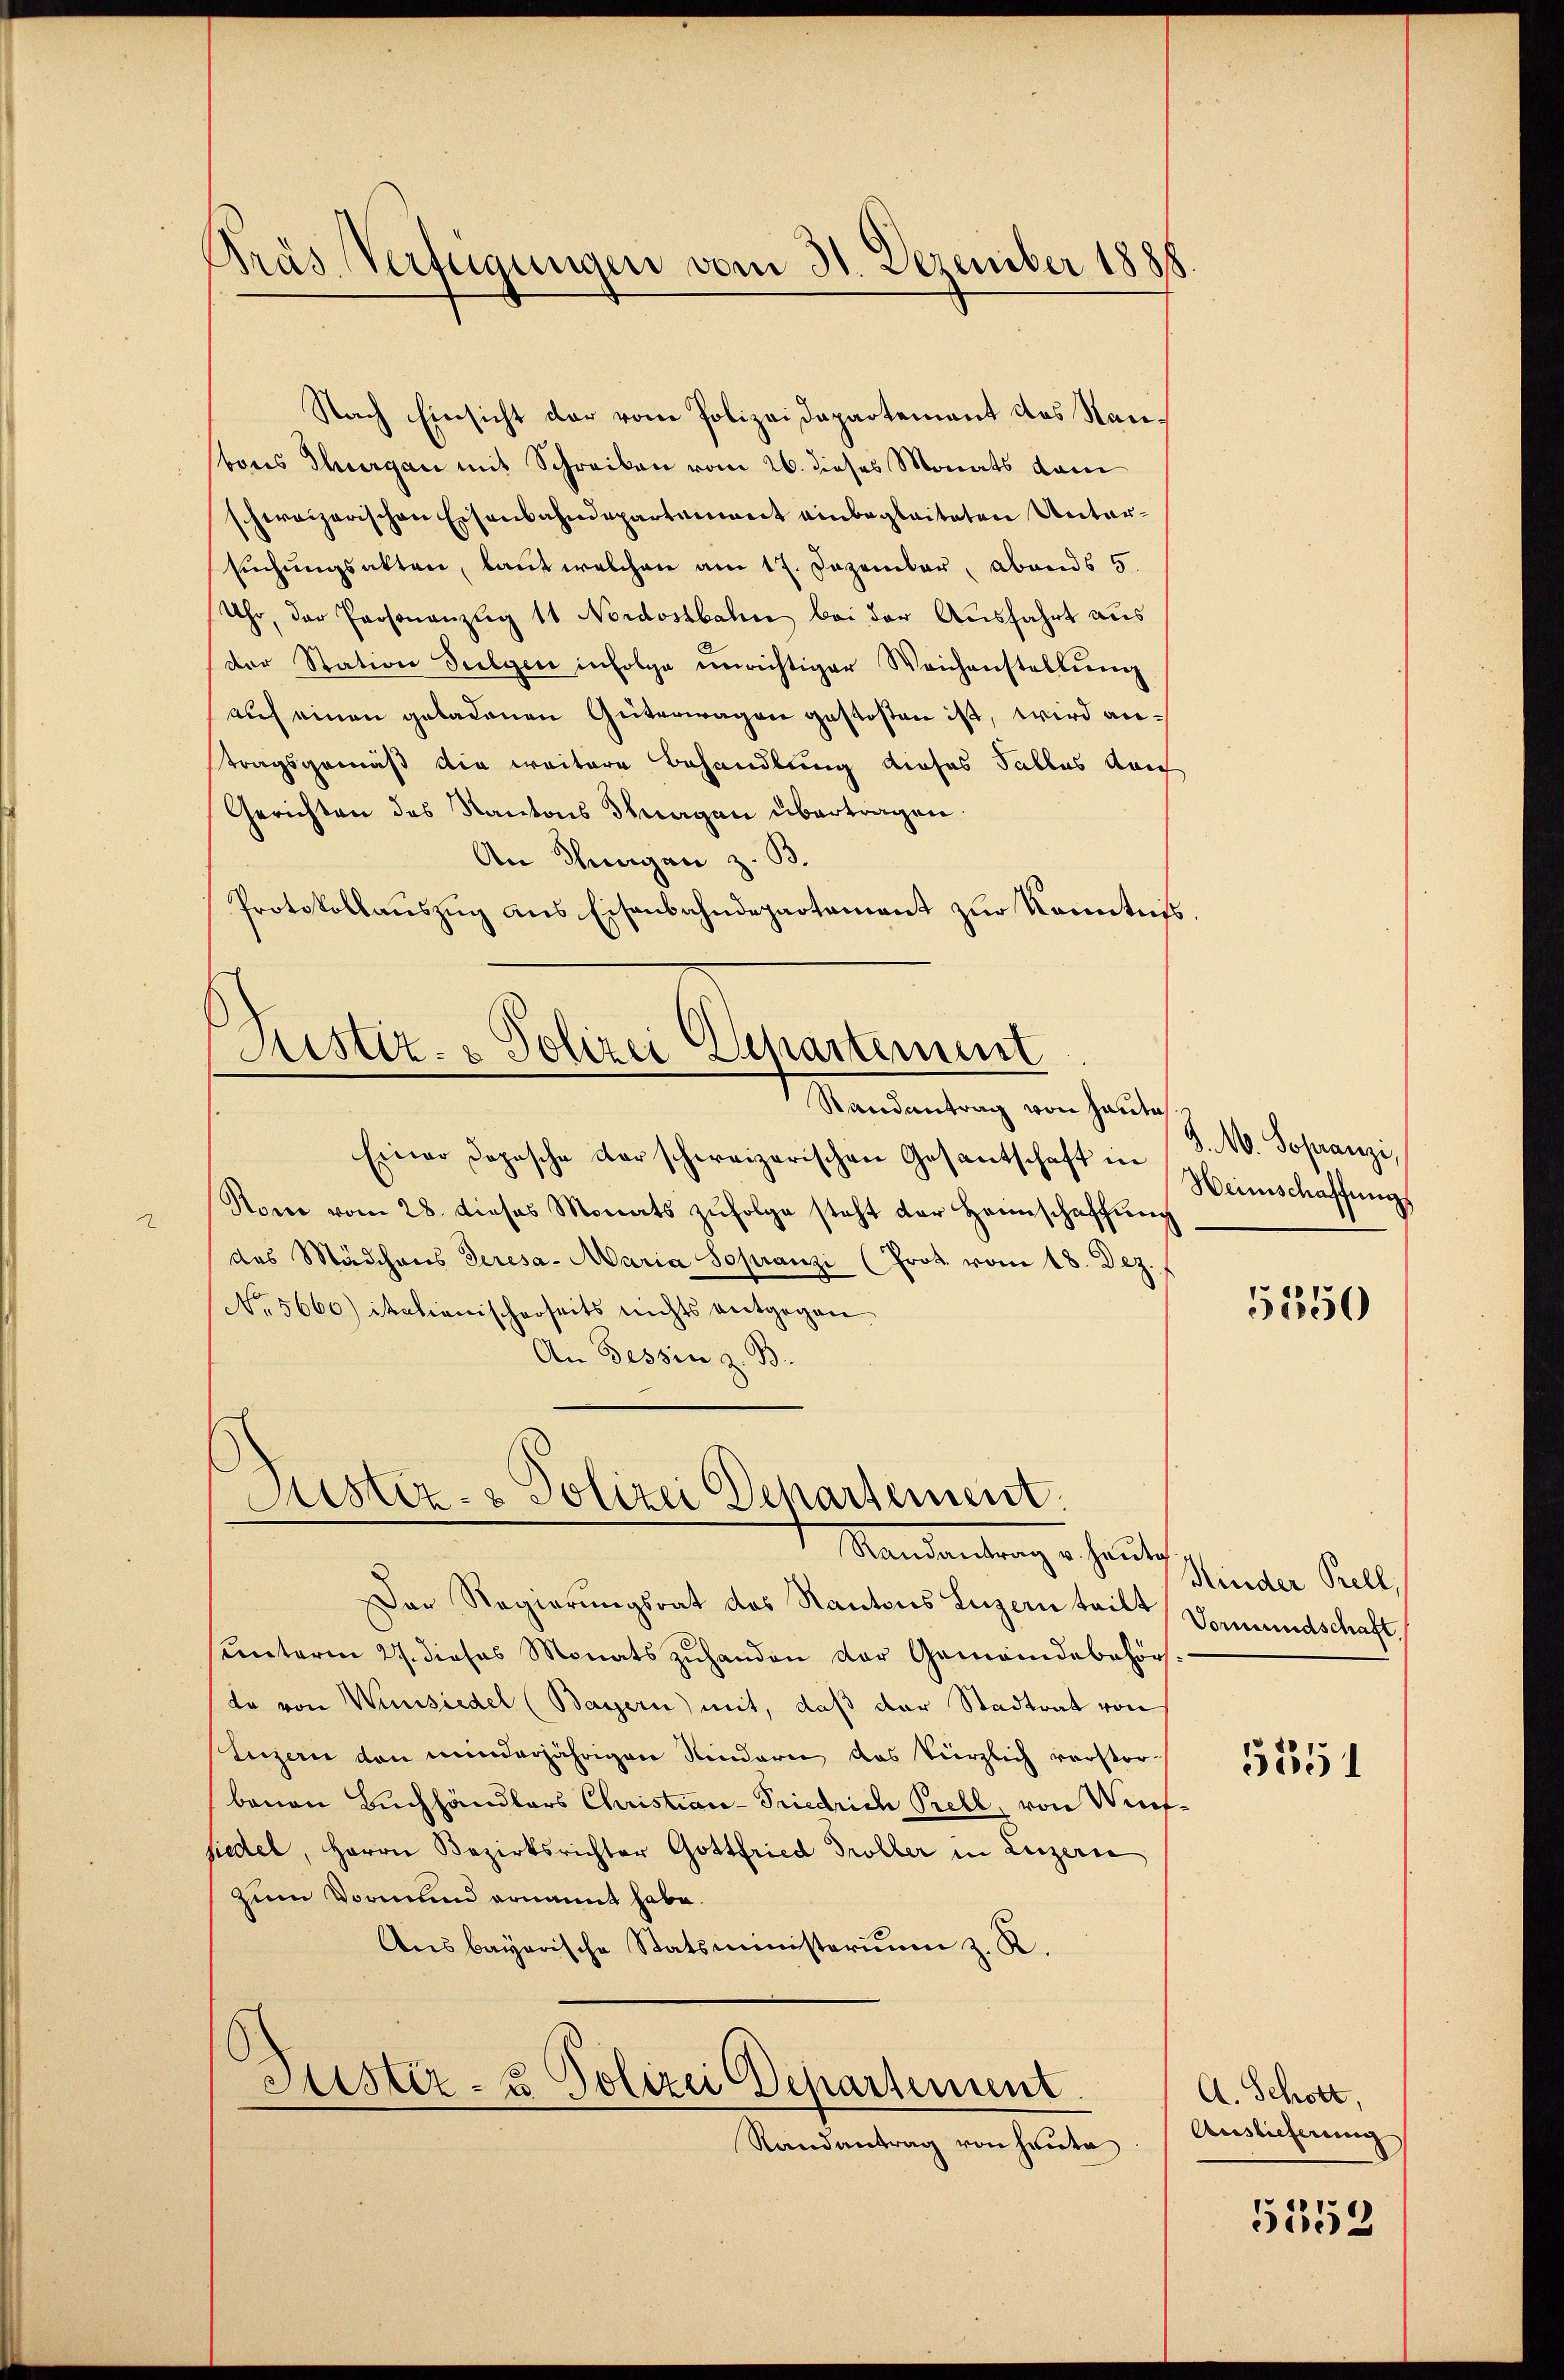
Kräs Verfügungen vom 31. Dezember 1888

Nach Einsicht der vom Polizeidepartement des Nanbons Thurgau mit Schreiben vom 26. dieses Monats dam
schweizerischen Eisenbahndepartement einbegleiteten Untersŭchŭngsakten, laut welchen am 17. Dezember, abends 5.
Uhr, der Personanzig 11 Nordostbahn bei der Ausfahrt aus
der Station Sulgen infolge unrichtiger Weichenstellŭng
auf einen geladenen Güterwagen gestosten ist, wird antragsgemäß die weitere Behandlung dieses Tables durch
Gerichten des Kantons Thurgau übertragen.
An Thurgan z. B.
Protokollauszug aus Eisenbahndepartement zur Kenntnis.

Randantrag von Hautes.
Einer Dopische der schweizerischen Gesantschaft in
Rom vom 28. dieses Monats zŭfolge steht der Heimschaffŭng
a
das Mädchens deresa- Maria Sopranzi (Prot. vom 18. Dez.
No. 5660) italianischerseits nichts entgegen
An Gessin z. B.

Justiz- & Polizei Euchartement

Justiz- & Polizei Departement.
Mandantung er heute

Justiz- & Polizei Departement.
Randantrag von heute

Der Regierŭngsrat des Kantons Luzern teilt Vormundschaft.
sunterm 27. dieses Monats zuhanden der Gemeindebehör
te von Winsiedel (Bayern) mit, daß der Stadtrat von
Luzern den minderjährigen Kindern das kürzlich verstorbenen Buchhändlers Christian-Friedrich Prell, von Winsiedel, Herrn Bezirksrichter Gottfried Groller in Luzerne
zum Vormund ernannt habe.
Ansbayerische Statsministerium z. R.

J. M. Sofranze,
Heimschaffung

5350

Kinder Pell,

5351

A. Schott,
Auslieferung
5153